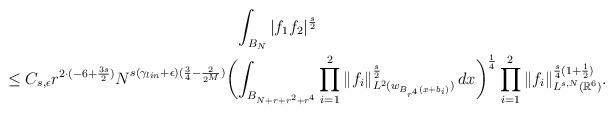
LaTeX: \begin{gather*}\int_{B_{N}}|f_{1}f_{2}|^{\frac{s}{2}} \\\leq C_{s,\epsilon} r^{2\cdot (-6+ {\frac{3s}{2}})}N^{{s(\gamma_{lin}+\epsilon)}(\frac{3}{4}-\frac{2}{2^M})}\biggl(\int_{B_{N+r+r^2+r^4}} \prod_{i=1}^{2}\|f_{i}\|_{L^2({w}_{B_{r^4}(x+b_{i})})}^{\frac{s}{2}} \,dx \biggr)^{\frac{1}{4}}\prod_{i=1}^{2}\|f_{i}\|_{L^{s,N}(\mathbb{R}^{6})}^{\frac{s}{4}(1+\frac{1}{2})}.\end{gather*}